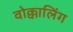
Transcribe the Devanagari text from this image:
वोक्कालिंग